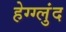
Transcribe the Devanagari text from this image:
हेग्ग्लुंद